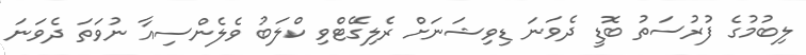
ލިބުމުގެ ފުރުސަތު ބޮޑީ ދެވަނަ ޑިވިޝަނަށް ރެލިގޭޓްވި ކްލަބު ވެލެންސިއާ ނުވަތަ ދެވަނަ